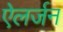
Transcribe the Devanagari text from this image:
ऐलर्जन